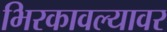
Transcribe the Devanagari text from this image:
भिरकावल्यावर